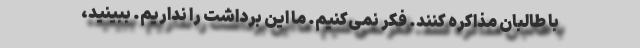
با طالبان مذاکره کنند. فکر نمی‌کنیم. ما این برداشت را نداریم. ببینید،